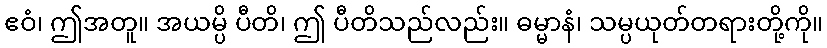
ဧဝံ၊ ဤအတူ။ အယမ္ပိ ပီတိ၊ ဤ ပီတိသည်လည်း။ ဓမ္မာနံ၊ သမ္ပယုတ်တရားတို့ကို။